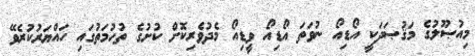
މިއުޞޫލުގެ މަޤުޞަދަކީ އޯޑިއޯ ނުވަތަ އޯޑިއޯ ވީޑިއޯ މެދުވެރިކޮށް ކުށުގެ ތުހުމަތުގައި ހައްޔަރުކުރެވޭ